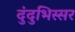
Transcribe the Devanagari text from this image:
दुंदुभिस्सर